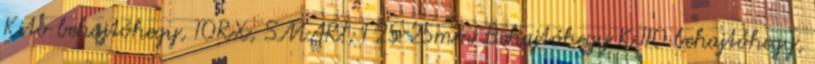
Kito behajtóhegy, TORX, SMART; T 25×25mm Behajtóhegy KITO behajtóhegy,